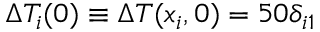
\Delta T _ { i } ( 0 ) \equiv \Delta T ( x _ { i } , 0 ) = 5 0 \delta _ { i 1 }